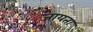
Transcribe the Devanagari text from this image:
जायता